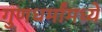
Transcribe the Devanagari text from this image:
गुणधर्मांमध्ये